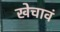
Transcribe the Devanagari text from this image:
खेचावं